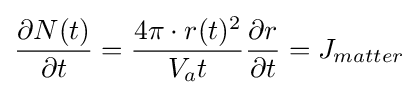
{\frac {\partial N(t)}{\partial t}}={\frac {4\pi \cdot r(t)^{2}}{V_{a}t}}{\frac {\partial r}{\partial t}}=J_{matter}